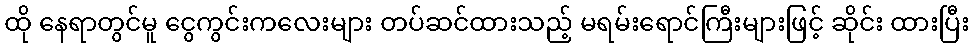
ထို နေရာတွင်မူ ငွေကွင်းကလေးများ တပ်ဆင်ထားသည့် မရမ်းရောင်ကြီးများဖြင့် ဆိုင်း ထားပြီး